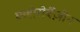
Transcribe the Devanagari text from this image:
क्लोरोबैंज़ीन